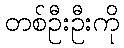
တစ်ဦးဦးကို